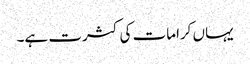
یہاں کرامات کی کثرت ہے۔